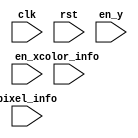
// Dummy implementation, does nothing
module TC_DotMatrixDisplay (clk, rst, en_y, en_x, color_info, pixel_info);
    parameter UUID = 0;
    parameter NAME = "";
    input clk;
    input rst;
    input en_y;
    input en_x;
    input [31:0] color_info;
    input [63:0] pixel_info;
endmodule